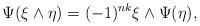
LaTeX: \begin{align*}\Psi(\xi\wedge\eta)=(-1)^{nk}\xi\wedge \Psi(\eta),\end{align*}